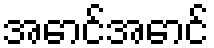
အောင်အောင်